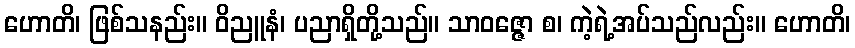
ဟောတိ၊ ဖြစ်သနည်း။ ဝိညူနံ၊ ပညာရှိတို့သည်။ သာဝဇ္ဇော စ၊ ကဲ့ရဲ့အပ်သည်လည်း။ ဟောတိ၊